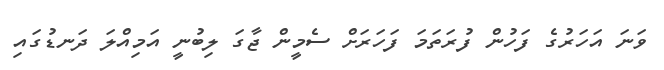
ވަނަ އަހަރުގެ ފަހުން ފުރަތަމަ ފަހަރަށް ސެމީން ޖާގަ ލިބުނީ އަމިއްލަ ދަނޑުގައި